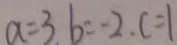
a = 3 . b = - 2 , c = 1